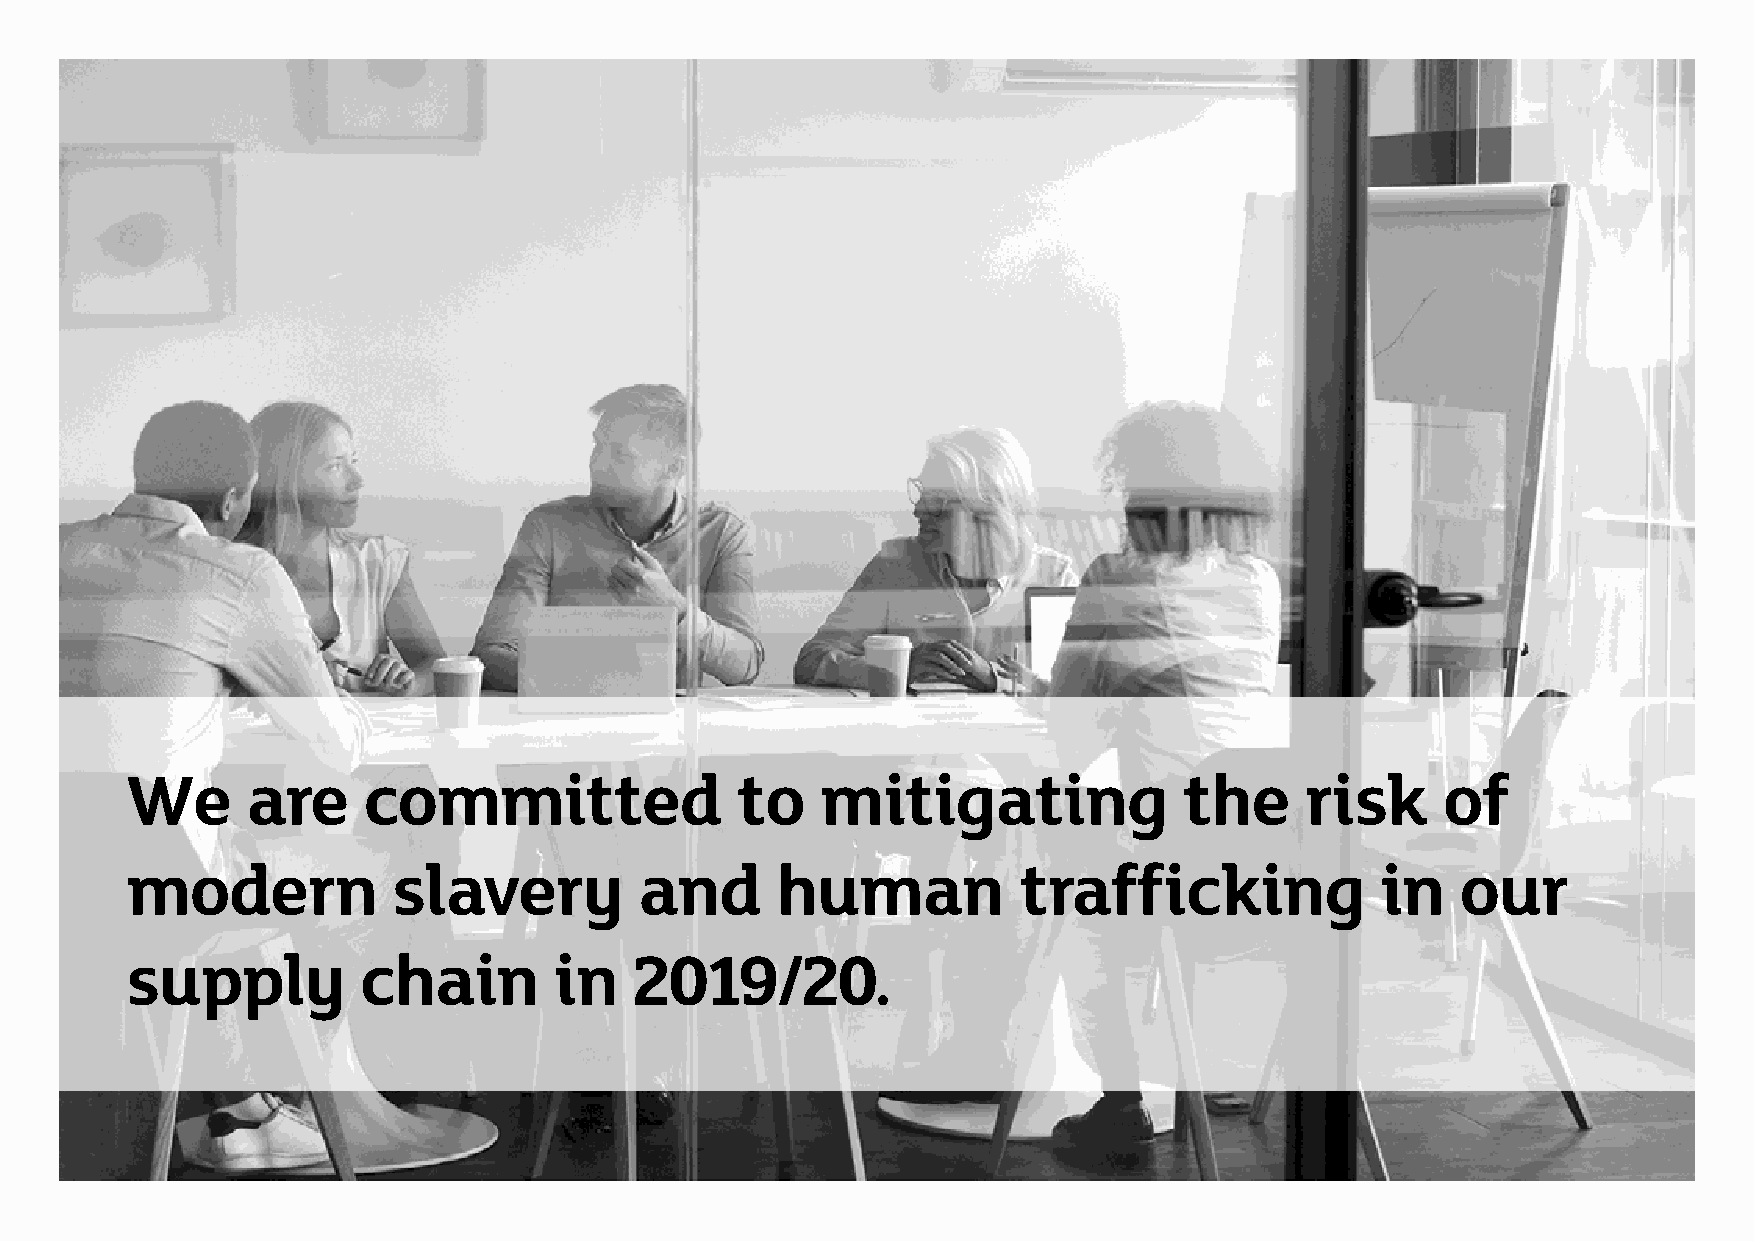
We      are     committed                to   mitigating              the     risk      of
 modern            slavery         and      human            trafficking            in    our
 supply          chain        in   2019/20.